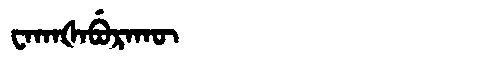
Manchu: ᠸᠠᡴᠠᡧᠠᠪᡠᡵᠠᡴᡡ
Romanization: WAKAŠABURAKŪ